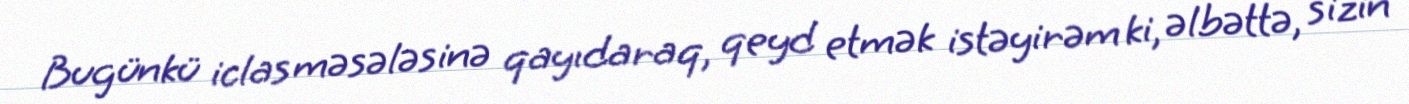
Bugünkü iclas məsələsinə qayıdaraq, qeyd etmək istəyirəm ki, əlbəttə, sizin